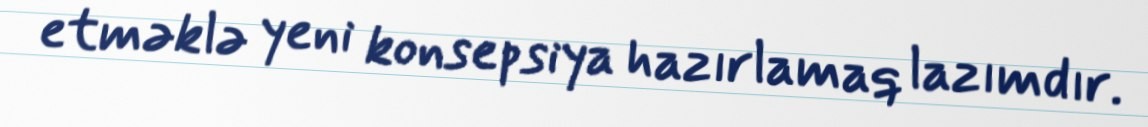
etməklə yeni konsepsiya hazırlamaq lazımdır.